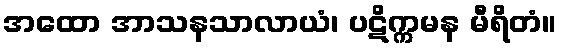
အထော အာသနသာလာယံ၊ ပဋိက္ကမန မီရိတံ။